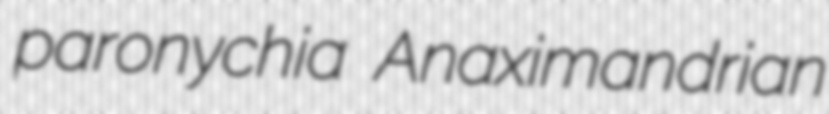
paronychia Anaximandrian